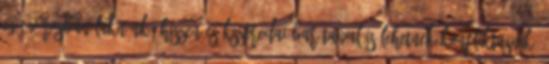
egy városban laknánk. Hiszen csíkszeredai barátaival is lehetnek konfliktusaik,